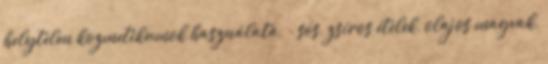
helytelen kozmetikumok használata, - sós, zsíros ételek, olajos magvak,